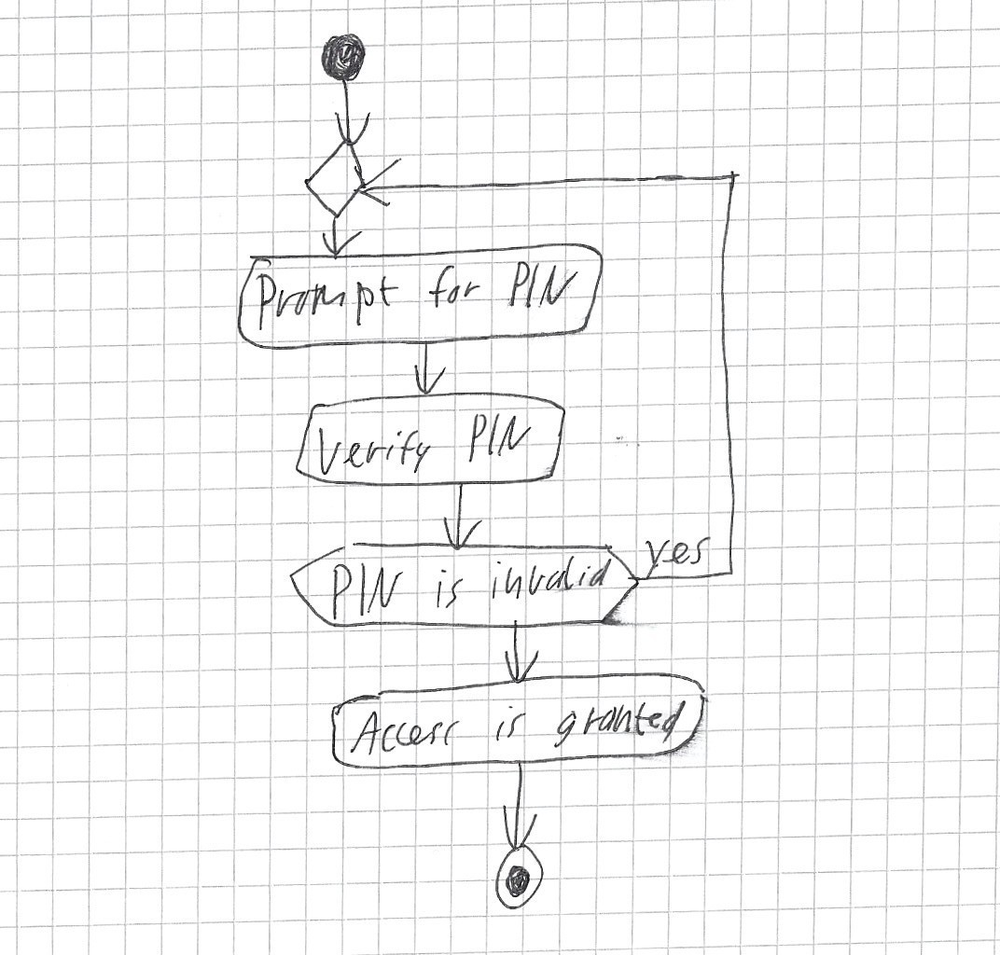
Diagram type: activity_diagram
```plantuml
@startuml

start
repeat
  :Prompt for PIN;
  :Verify PIN;
repeat while (PIN is invalid?) is (yes)
:Access Granted;
stop

@enduml
```